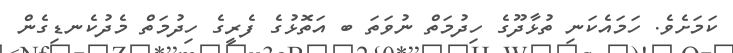
ކަމަށެވެ. ހަމައެކަނި ތުޅާދޫގެ ހިދުމަތް ނުވަތަ ބ އަތޮޅުގެ ފެރީގެ ހިދުމަތް މެދުކެނޑިގެން